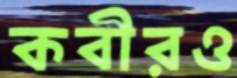
কবীরও